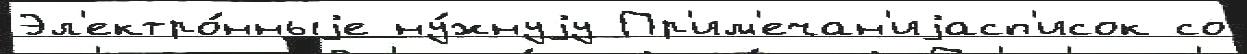
Эл'ектро́нныjе ну́жнуjу Пр'им'ечан'иjасп'исок со